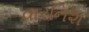
વારનિશ